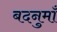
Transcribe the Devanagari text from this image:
बदनुमाँ